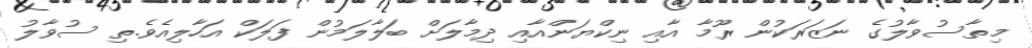
މިތާސުވާލުގެ ނަޒަރަކުން ރޫމާ އާއި ނިކްޔަންއާއި ދިމާލަށް ބަލާލަމުން ފަލަކް އަހާލިއެވެ.ތި ސުވާލު